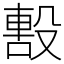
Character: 毄